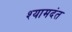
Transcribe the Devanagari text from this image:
श्यामदंत